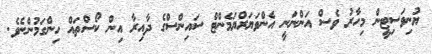
ޔުނިވަސިޓީން މިހާރު ވެސް އަންނަނީ އެންވަޔަރްޔަމެންޓް ސައިންސްގެ ދާއިރާ އިން ކޯސްތައް ހިންގަމުންނެވެ.